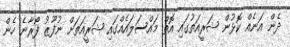
ދެން އަނެއް ކޮޅުން ޝަރީއަތުގައި އޮތް މައްސަލައެއްގައި ޝަރީއަތަށް ނުފޫޒު ފޯރާނެ ހެން